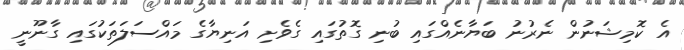
އެ ކޮމިޝަނުން ނެރުނު ބަޔާނެއްގައި ބުނި ގޮތުގައި ގެވެށި އަނިޔާގެ މައްސަލަތަކުގައި ގާނޫނީ